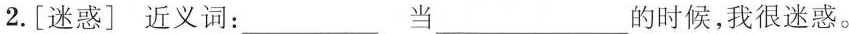
2.[迷惑]近义词：___当___的时候，我很迷惑。